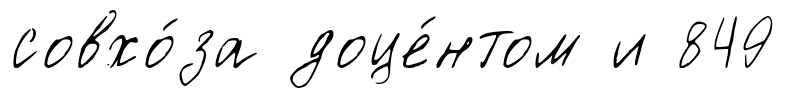
совхо́за доце́нтом и 849